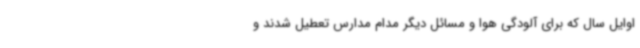
اوایل سال که برای آلودگی هوا و مسائل دیگر مدام مدارس تعطیل شدند و